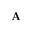
\mathbf { A }